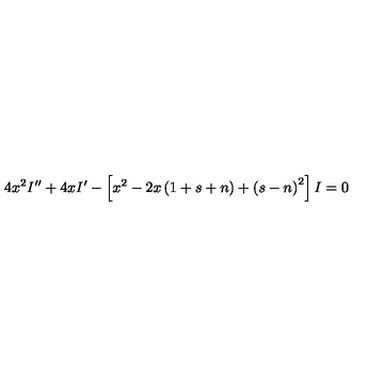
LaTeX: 4 x ^ { 2 } I ^ { \prime \prime } + 4 x I ^ { \prime } - \left[ x ^ { 2 } - 2 x \left( 1 + s + n \right) + \left( s - n \right) ^ { 2 } \right] I = 0 \,